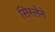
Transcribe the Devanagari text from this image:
सिस्लेने